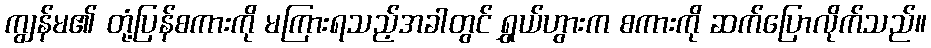
ကျွန်မ၏ တုံ့ပြန်စကားကို မကြားရသည့်အခါတွင် ရွှယ်ဟွားက စကားကို ဆက်ပြောလိုက်သည်။